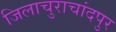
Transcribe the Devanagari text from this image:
जिलाचुराचांदपुर